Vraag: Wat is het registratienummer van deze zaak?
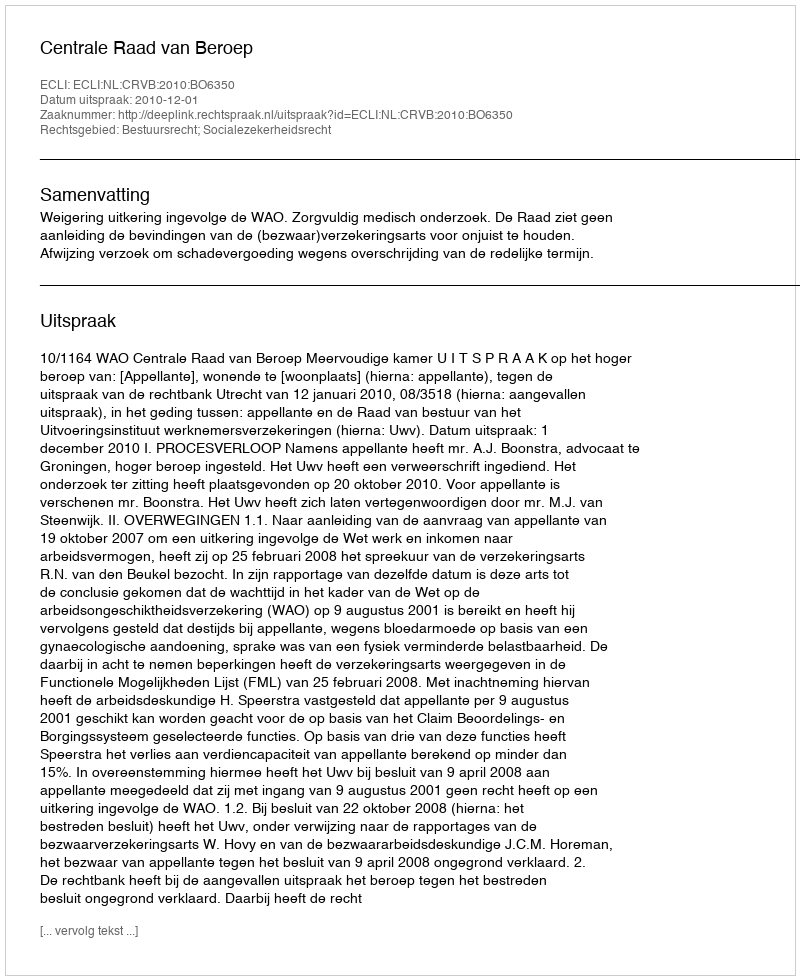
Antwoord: http://deeplink.rechtspraak.nl/uitspraak?id=ECLI:NL:CRVB:2010:BO6350